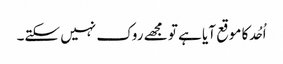
اُحُد کا موقع آیا ہے تو مجھے روک نہیں سکتے۔